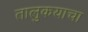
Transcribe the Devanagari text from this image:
तालुकयाचा